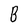
Character: B